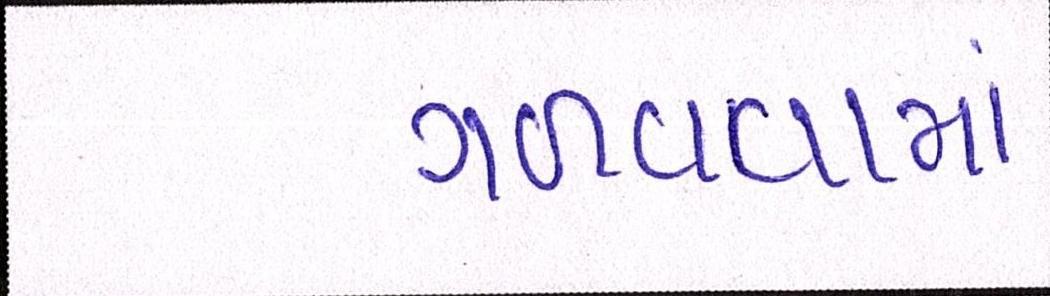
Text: ગળાવવામાં